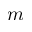
m